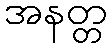
အနတ္တ